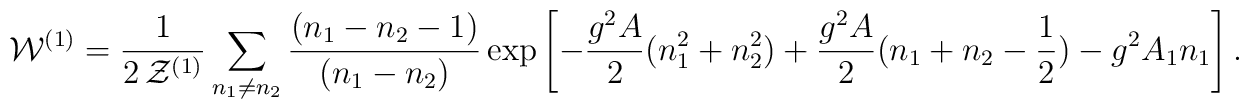
{\cal W}^{(1)}=\frac{1}{2\,{\cal Z}^{(1)}}\sum_{n_1\neq n_2}\frac{(n_1-n_2-1)}{(n_1-n_2)}\exp\left [-\frac{g^2 A}{2}(n_1^2+n_2^2)+\frac{g^2 A}{2}(n_1+n_2-\frac{1}{2})-g^2A_1n_1\right].